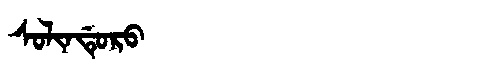
Manchu: ᠰᠣᠯᡳᠨᡩᡠᡵᠣ
Romanization: SOLINDURO